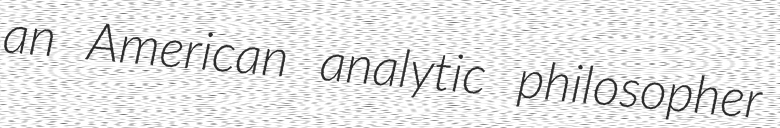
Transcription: an American analytic philosopher